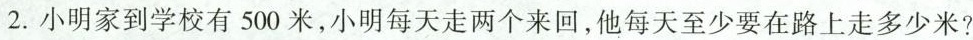
2.小明到学校有500米，小明每天走两个来回，他每天至少要在路上走多少米?